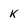
Character: k